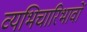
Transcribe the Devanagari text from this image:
व्यभिचारिभावों